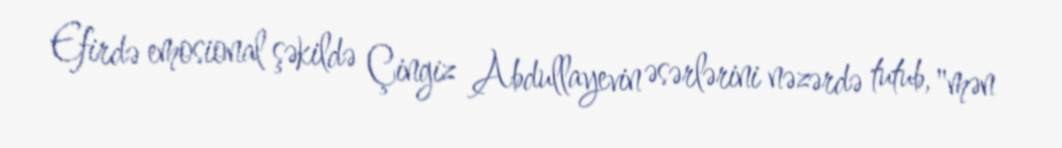
Efirdə emosional şəkildə Çingiz Abdullayevin əsərlərini nəzərdə tutub, "mən